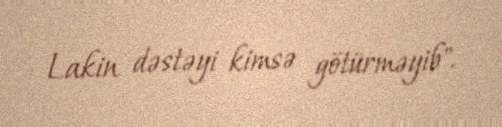
Lakin dəstəyi kimsə götürməyib".